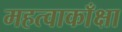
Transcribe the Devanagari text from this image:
महत्वाकाँक्षा